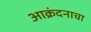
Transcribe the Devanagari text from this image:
आक्रंदनाचा